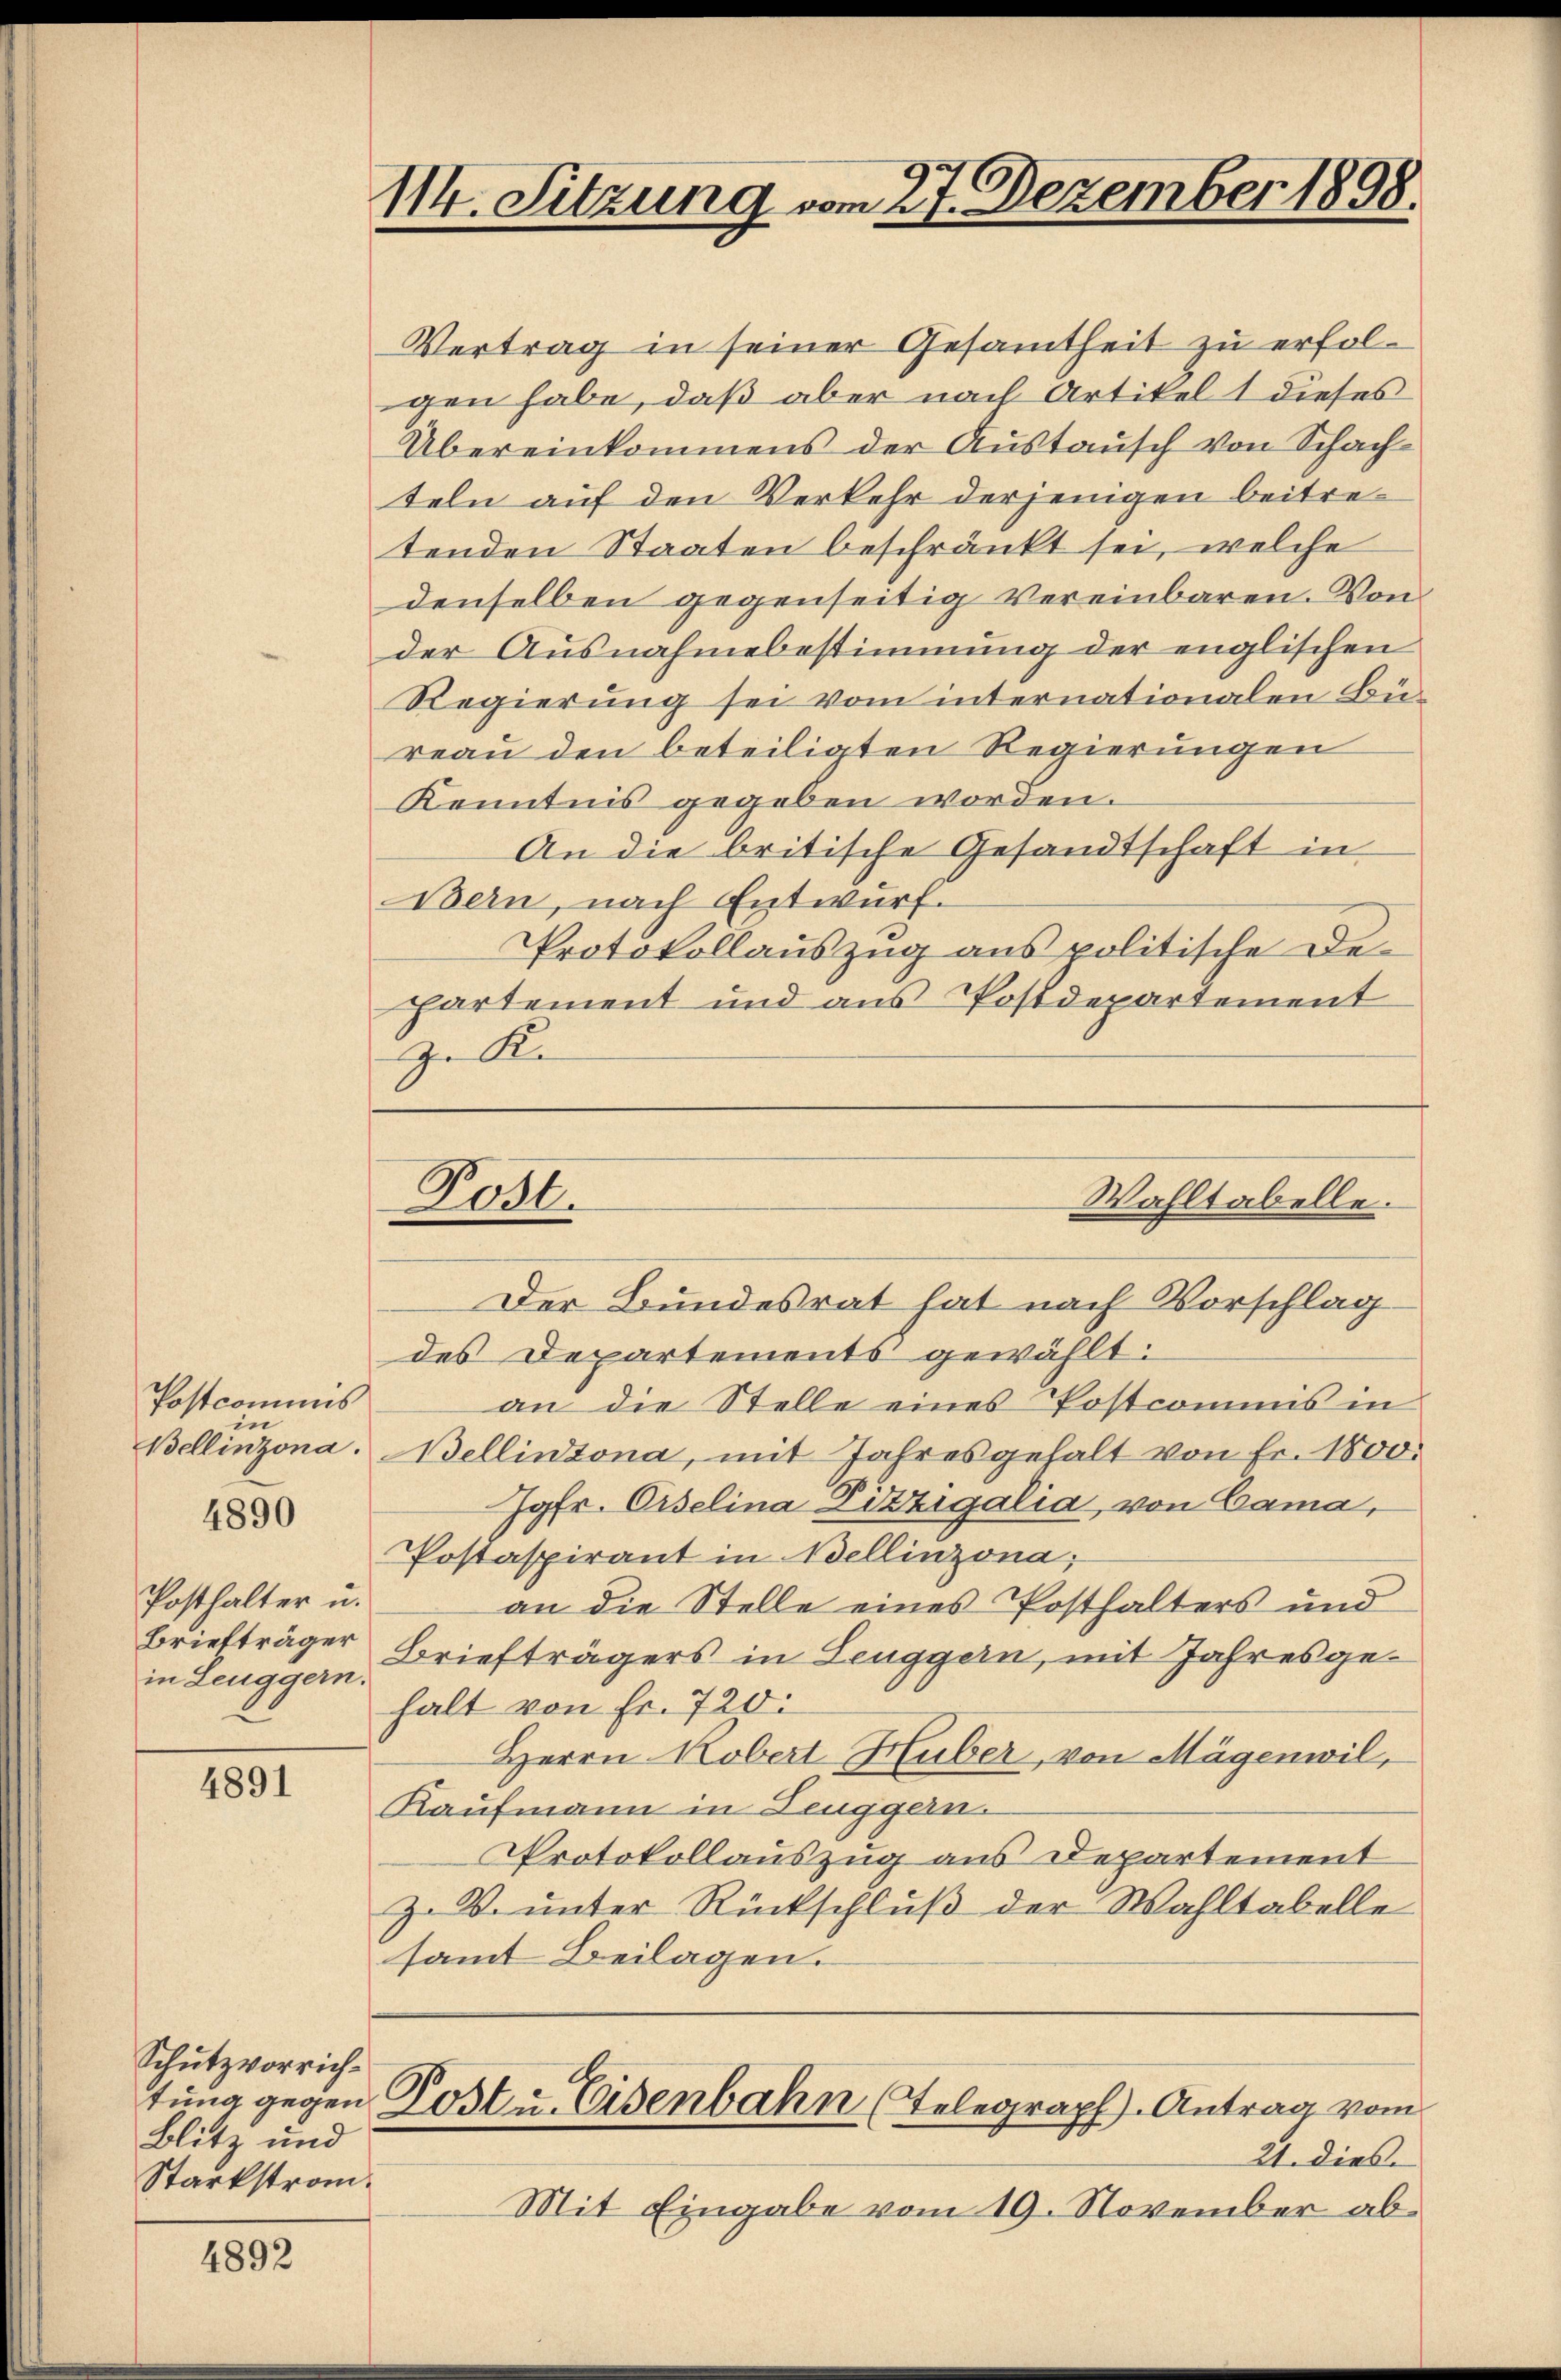
Postcommis
in

Posthalter u.
Briefträger
in Leuggern.

4890

4891

Schutzvorrich¬
Blitz und
Starkstrom¬

4892

114. Sitzung vom 27. Dezember 1898.

Vertrag in seiner Gesamtheit zu erfolgen habe, daß aber nach Artikel 1 dieses
Übereinkommens der Austausch von Schachteln auf den Verkehr derjenigen beitretenden Staaten beschränkt sei, welche
denselben gegenseitig vereinbaren. Von
der Ausnahmebestimmung der englischen
Regierung sei vom internationalen Büreau den beteiligten Regierungen
Kenntnis gegeben worden.
An die britische Gesandtschaft in
Bern, nach Entwurf.
Protokollauszug aus politische Departement und aus Postdepartement
zu Ke

Der Bundesrat hat nach Vorschlag
des Departements gewählt:
an die Stelle eines Postcommis in
Bellinzona. Bellinzona, mit Jahresgehalt von Fr. 1800.
Jgfr. Giselina Ditzigalia, von Cama,
Postaspirant in Bellinzona;
an die Stelle eines Posthalters und
Briefträgers in Leuggern, mit Jahresgehalt von Fr. 720:
Herrn Kobert Huber, von Mägenwil,
Kaufmann in Leuggern.
Protokollauszug aus Departement
Z. V. unter Rückschluß der Wahltabelle
samt Beilagen.

Post.

Wahltabelle.

6
tung gegen Lost u. Eisenbahn (Telegraph). Antrag vom

21. dies
Mit Eingabe vom 19. November ab¬